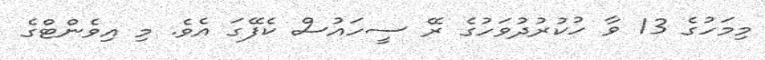
މިމަހުގެ 13 ވާ ހުކުރުދުވަހުގެ ރޭ ސީހައުސް ކެފޭގަ އެވެ. މި އިވެންޓްގެ